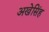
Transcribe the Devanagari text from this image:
अखेसिंह